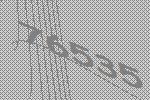
76535